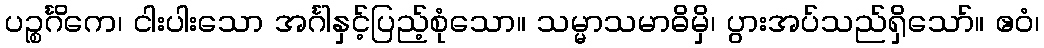
ပဉ္စင်္ဂိကေ၊ ငါးပါးသော အင်္ဂါနှင့်ပြည့်စုံသော။ သမ္မာသမာဓိမှိ၊ ပွားအပ်သည်ရှိသော်။ ဧဝံ၊